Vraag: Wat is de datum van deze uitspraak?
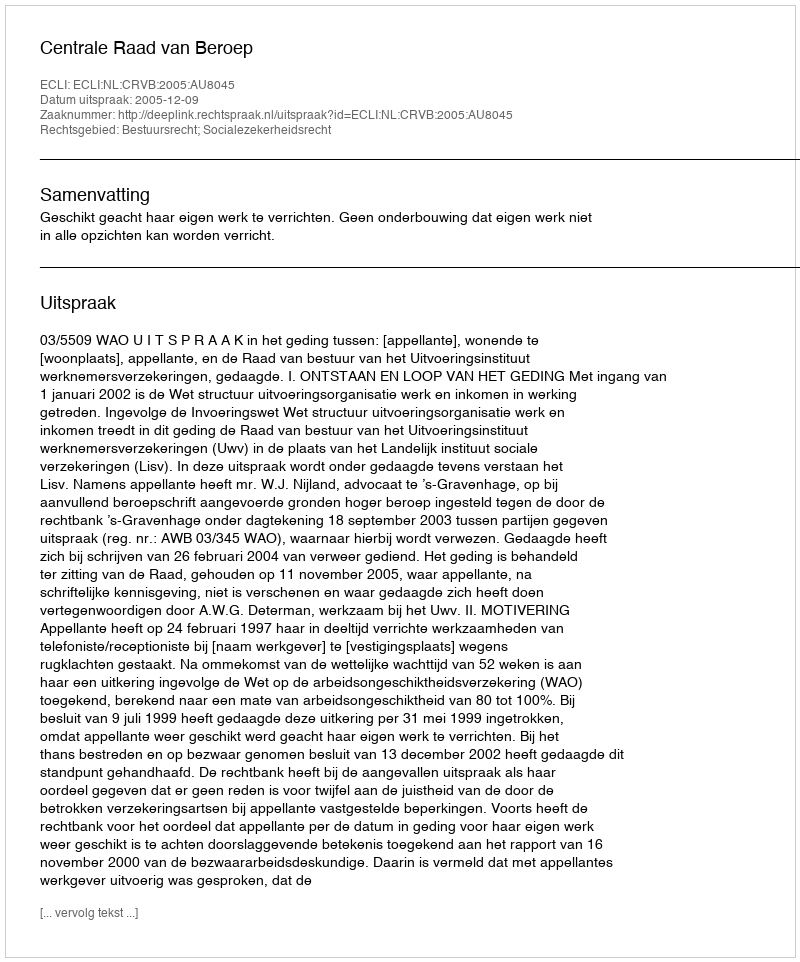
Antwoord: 2005-12-09